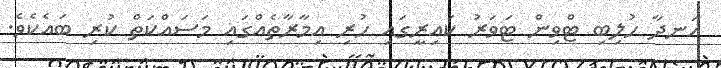
އަނދާ ހުލިބި ޓްވިން ޓަވަރު ކައިރީގައި ހުރި އިމާރާތެއްގައި މަސައްކަތް ކުރި ބައެކެވެ.